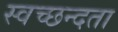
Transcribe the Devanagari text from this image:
स्‍वच्‍छन्‍दता